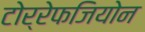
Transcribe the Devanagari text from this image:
टोर्रेफजियोन